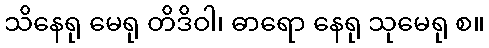
သိနေရု မေရု တိဒိဝါ၊ ဓာရော နေရု သုမေရု စ။